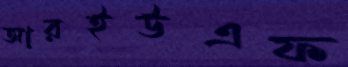
আরইউএফ